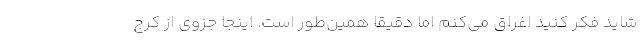
شاید فکر کنید اغراق می‌کنم اما دقیقا همین‌طور است. اینجا جزوی از کرج